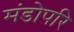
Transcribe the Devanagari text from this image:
मंडोपरि